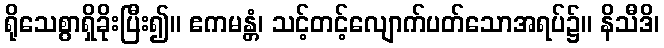
ရိုသေစွာရှိခိုးပြီး၍။ ဧကမန္တံ၊ သင့်တင့်လျောက်ပတ်သောအရပ်၌။ နိသီဒိ၊